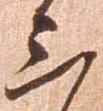
三